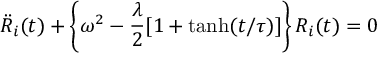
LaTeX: \ddot { R } _ { i } ( t ) + \left\{ \omega ^ { 2 } - \frac { \lambda } { 2 } [ 1 + \operatorname { t a n h } ( t / \tau ) ] \right\} R _ { i } ( t ) = 0